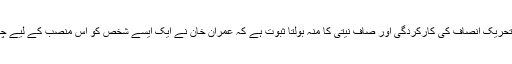
پاکستان تحریک انصاف کے فعال رکن رہے ہیں، اور یہ تحریک انصاف کی کارکردگی اور صاف نیتی کا منہ بولتا ثبوت ہے کہ عمران خان نے ایک ایسے شخص کو اس منصب کے لیے چنا ہے جو نئے پاکستان میں فعال کردار ادا کر سکتے ہیں۔